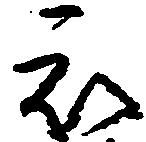
被